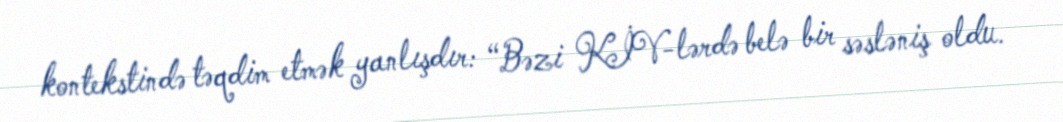
kontekstində təqdim etmək yanlışdır: “Bəzi KİV-lərdə belə bir səsləniş oldu.